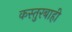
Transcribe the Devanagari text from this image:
कस्तुरबाही